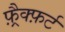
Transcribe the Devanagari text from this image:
फ़्रैक्फ़र्ट